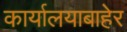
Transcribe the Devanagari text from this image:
कार्यालयाबाहेर